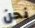
نحن